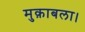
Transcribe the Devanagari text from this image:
मुक़ाबला।